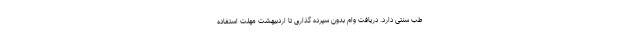
طب سنتی دارد. دریافت وام بدون سپرده گذاری تا اردبیهشت مهلت استفاده